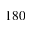
1 8 0